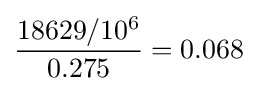
{\frac {18629/10^{6}}{0.275}}=0.068